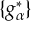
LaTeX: \{ g _ { \alpha } ^ { * } \}